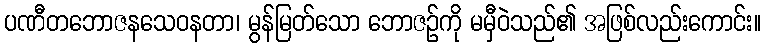
ပဏီတဘောဇနသေဝနတာ၊ မွန်မြတ်သော ဘောဇဉ်ကို မမှီဝဲသည်၏ အဖြစ်လည်းကောင်း။